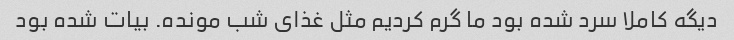
دیگه کاملا سرد شده بود ما گرم کردیم مثل غذای شب مونده. بیات شده بود